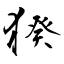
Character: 猤